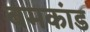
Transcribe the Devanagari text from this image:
बमकांड